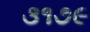
૩૧૭૯